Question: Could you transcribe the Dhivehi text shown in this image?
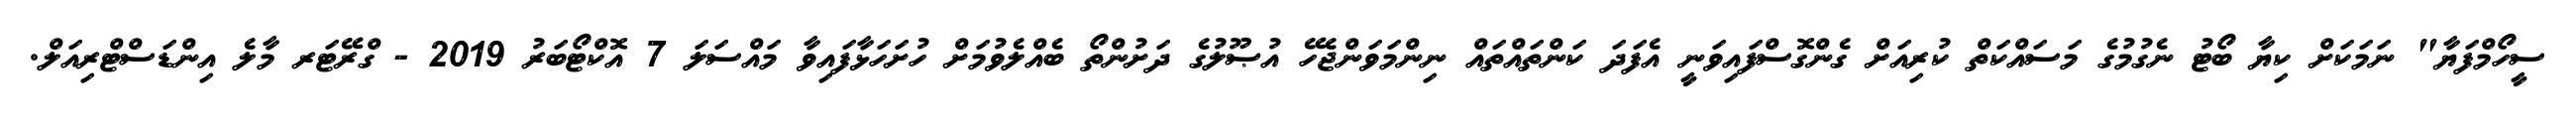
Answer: ސީހޯމްފަޔާ" ނަމަކަށް ކިޔާ ބޯޓު ނެގުމުގެ މަސައްކަތް ކުރިއަށް ގެންގޮސްފައިވަނީ އެފަދަ ކަންތައްތައް ނިންމަވަންޖެހޭ އުޞޫލުގެ ދަށުންތޯ ބެއްލެވުމަށް ހުށަހަޅާފައިވާ މައްސަލަ 7 އޮކްޓޯބަރު 2019 - ގްރޭޓަރ މާލެ އިންޑަސްޓްރިއަލް.